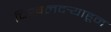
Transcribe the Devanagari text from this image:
चिखलदर्‍याहून